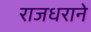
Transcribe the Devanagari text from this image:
राजधराने